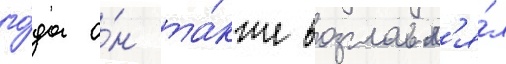
го́да о́н та́кже возглавл'я́л